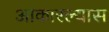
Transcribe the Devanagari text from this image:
आकारल्यास